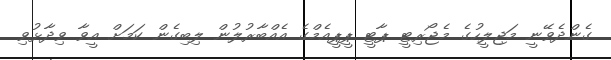
ގެންދެވޭނީ މަޖިލީހުގެ މެޖޯރިޓީ ޕާޓީ ޕީޕީއެމްގެ އެއްބާރުލުން ލިބިގެން ކަމަށް އީވާ ވިދާޅުވި